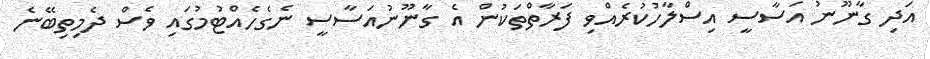
އަދި ގާނޫނު އަސާސީ އިސްލާހުކުރެއްވި ފަރާތްތަކުން އެ ގާނޫނުއަސާސީ ނެގެހެއްޓުމުގައި ވެސް ދެމިތިބޭނެ